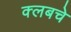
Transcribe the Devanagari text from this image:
क्‍लबचे